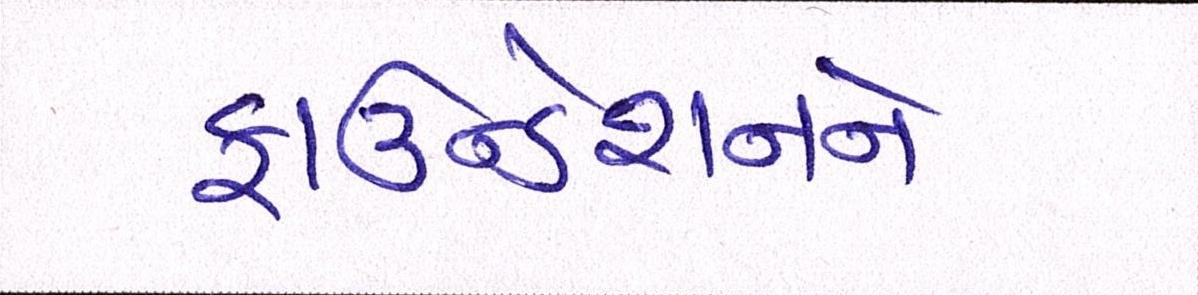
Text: ફાઉન્ડેશનને